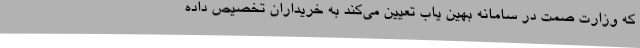
که وزارت صمت در سامانه‌ بهین یاب تعیین می‌کند به خریداران تخصیص داده